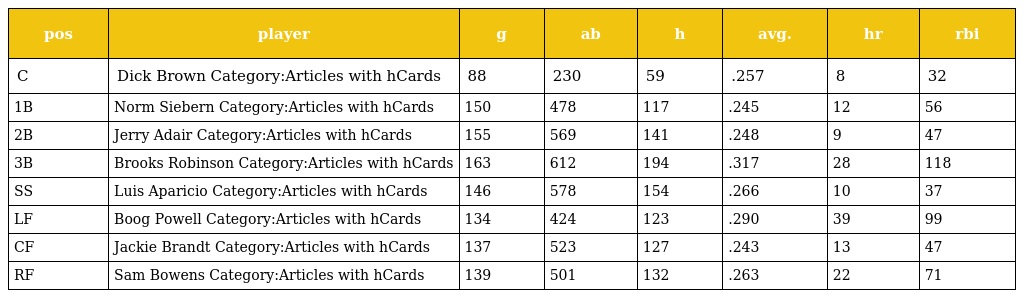
| pos | player | g | ab | h | avg. | hr | rbi |
 | --- | --- | --- | --- | --- | --- | --- | --- |
 | C | Dick Brown Category:Articles with hCards | 88 | 230 | 59 | .257 | 8 | 32 |
 | 1B | Norm Siebern Category:Articles with hCards | 150 | 478 | 117 | .245 | 12 | 56 |
 | 2B | Jerry Adair Category:Articles with hCards | 155 | 569 | 141 | .248 | 9 | 47 |
 | 3B | Brooks Robinson Category:Articles with hCards | 163 | 612 | 194 | .317 | 28 | 118 |
 | SS | Luis Aparicio Category:Articles with hCards | 146 | 578 | 154 | .266 | 10 | 37 |
 | LF | Boog Powell Category:Articles with hCards | 134 | 424 | 123 | .290 | 39 | 99 |
 | CF | Jackie Brandt Category:Articles with hCards | 137 | 523 | 127 | .243 | 13 | 47 |
 | RF | Sam Bowens Category:Articles with hCards | 139 | 501 | 132 | .263 | 22 | 71 |